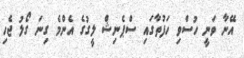
އޭނާ ވަނީ ހުސްވި ހަފުތާގައި ސްޕެނިޝް ލީގުގެ އެންމެ ގިނަ ގޯލު ޖެހި